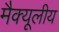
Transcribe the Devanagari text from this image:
मैक्यूलीय